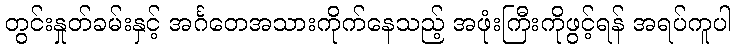
တွင်းနှုတ်ခမ်းနှင့် အင်္ဂတေအသားကိုက်နေသည့် အဖုံးကြီးကိုဖွင့်ရန် အရပ်ကူပါ